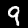
Digit: 9